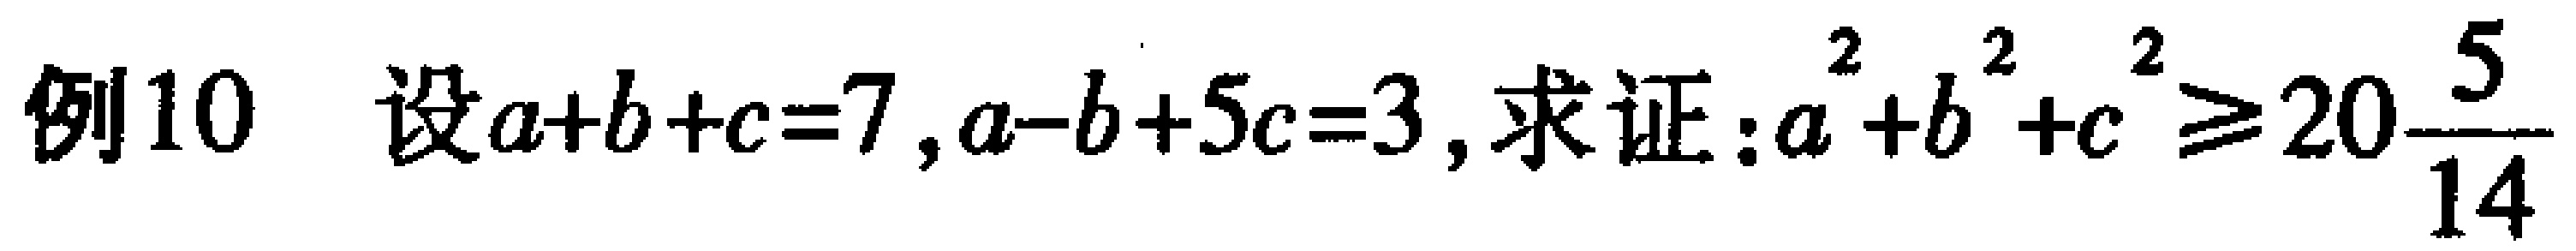
例10 设\(a + b + c = 7\), \(a - b + 5c = 3\), 求证：\(a^{2}+b^{2}+c^{2}\geq20\frac{5}{14}\)